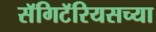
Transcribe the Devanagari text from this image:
सॅगिटॅरियसच्या